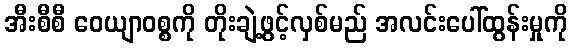
အီးစီစီ ဝေယျာဝစ္စကို တိုးချဲ့ဖွင့်လှစ်မည် အလင်းပေါ်ထွန်းမှုကို